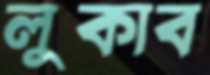
লুকাব